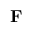
{ \mathbf { F } }